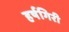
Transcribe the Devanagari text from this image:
हर्षगिरी